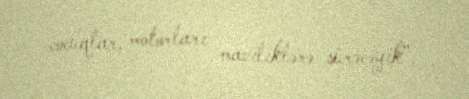
cocuqlar, motorları maviliklərə sürəcəyik”.